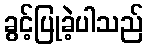
ခွင့်ပြုခဲ့ပါသည်